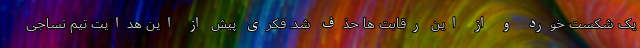
یک شکست خورد و از این رقابت ها حذف شد. فکری پیش از این هدایت تیم نساجی